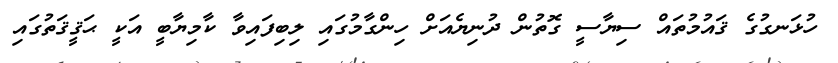
ހުޅަނގުގެ ޤައުމުތައް ސިޔާސީ ގޮތުން ދުނިޔެއަށް ހިންގާމުގައި ލިބިފައިވާ ކާމިޔާބީ އަކީ ޙަޤީޤަތުގައި